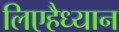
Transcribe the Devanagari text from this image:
लिएहैध्यान